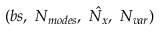
( b s , \ N _ { m o d e s } , \ \hat { N _ { x } } , \ N _ { v a r } )